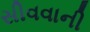
સીવવાની